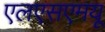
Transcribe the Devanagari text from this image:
एलएसएमयू